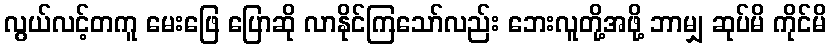
လွယ်လင့်တကူ မေးဖြေ ပြောဆို လာနိုင်ကြသော်လည်း ဘေးလူတို့အဖို့ ဘာမျှ ဆုပ်မိ ကိုင်မိ